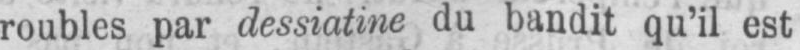
roubles par dessiatine du bandit qu’il est